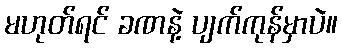
မဟုတ်ရင် ခဏနဲ့ ပျက်ကုန်မှာပဲ။